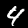
Label: 4